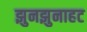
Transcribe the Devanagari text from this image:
झुनझुनाहट